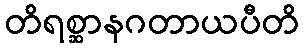
တိရစ္ဆာနဂတာယပီတိ